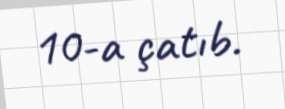
10-a çatıb.